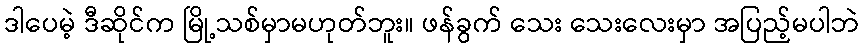
ဒါပေမဲ့ ဒီဆိုင်က မြို့သစ်မှာမဟုတ်ဘူး။ ဖန်ခွက် သေး သေးလေးမှာ အပြည့်မပါဘဲ